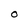
Character: O